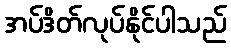
အပ်ဒိတ်လုပ်နိုင်ပါသည်